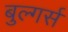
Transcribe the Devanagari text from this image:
बुल्गर्स